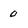
Character: 0